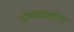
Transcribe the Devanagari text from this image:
द्रोणाचार्यला